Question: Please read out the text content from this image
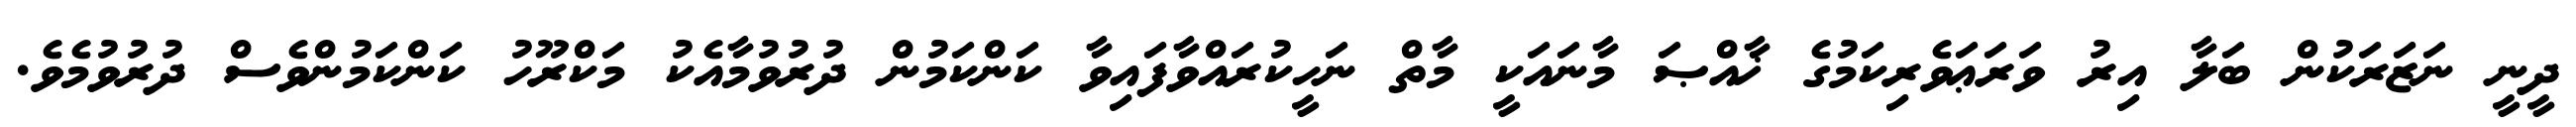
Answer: ދީނީ ނަޒަރަކުން ބަލާ އިރު ވަރަޢަވެރިކަމުގެ ޚާއްޞަ މާނައަކީ މާތް ނަހީކުރައްވާފައިވާ ކަންކަމުން ދުރުވުމާއެކު މަކްރޫހު ކަންކަމުންވެސް ދުރުވުމެވެ.